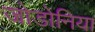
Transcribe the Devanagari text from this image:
जोडोनिया